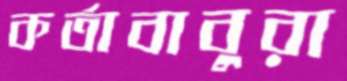
কর্তাবাবুরা